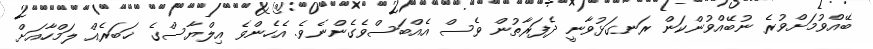
ބޭއްވުމަށްވުރެ ނުބޭއްވުންކަން ރަނގަޅުވާނީ ދެފަރާތުން ވެސް އެއްބަސްވެގެންނެވެ. އެހެންވެ އިލްޔާސްގެ ޚަބަރެއް ލަމްހާއަށް